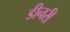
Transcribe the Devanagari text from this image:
डीनरी